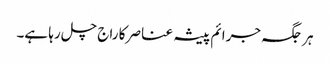
ہر جگہ جرائم پیشہ عناصر کا راج چل رہا ہے۔